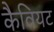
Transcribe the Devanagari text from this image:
कैवियट